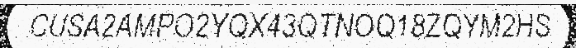
CUSA2AMPO2YQX43QTNOQ18ZQYM2HS